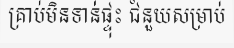
គ្រាប់មិនទាន់ផ្ទុះ ជំនួយសម្រាប់